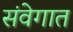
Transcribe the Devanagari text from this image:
संवेगात